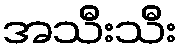
အသီးသီး